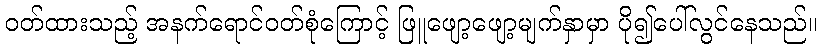
ဝတ်ထားသည့် အနက်ရောင်ဝတ်စုံကြောင့် ဖြူဖျော့ဖျော့မျက်နှာမှာ ပို၍ပေါ်လွင်နေသည်။